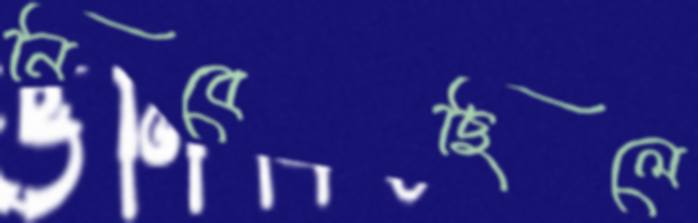
নিবেছিলে